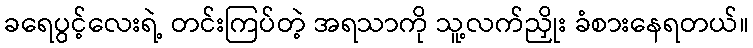
ခရေပွင့်လေးရဲ့ တင်းကြပ်တဲ့ အရသာကို သူ့လက်ညှိုး ခံစားနေရတယ်။